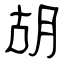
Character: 胡